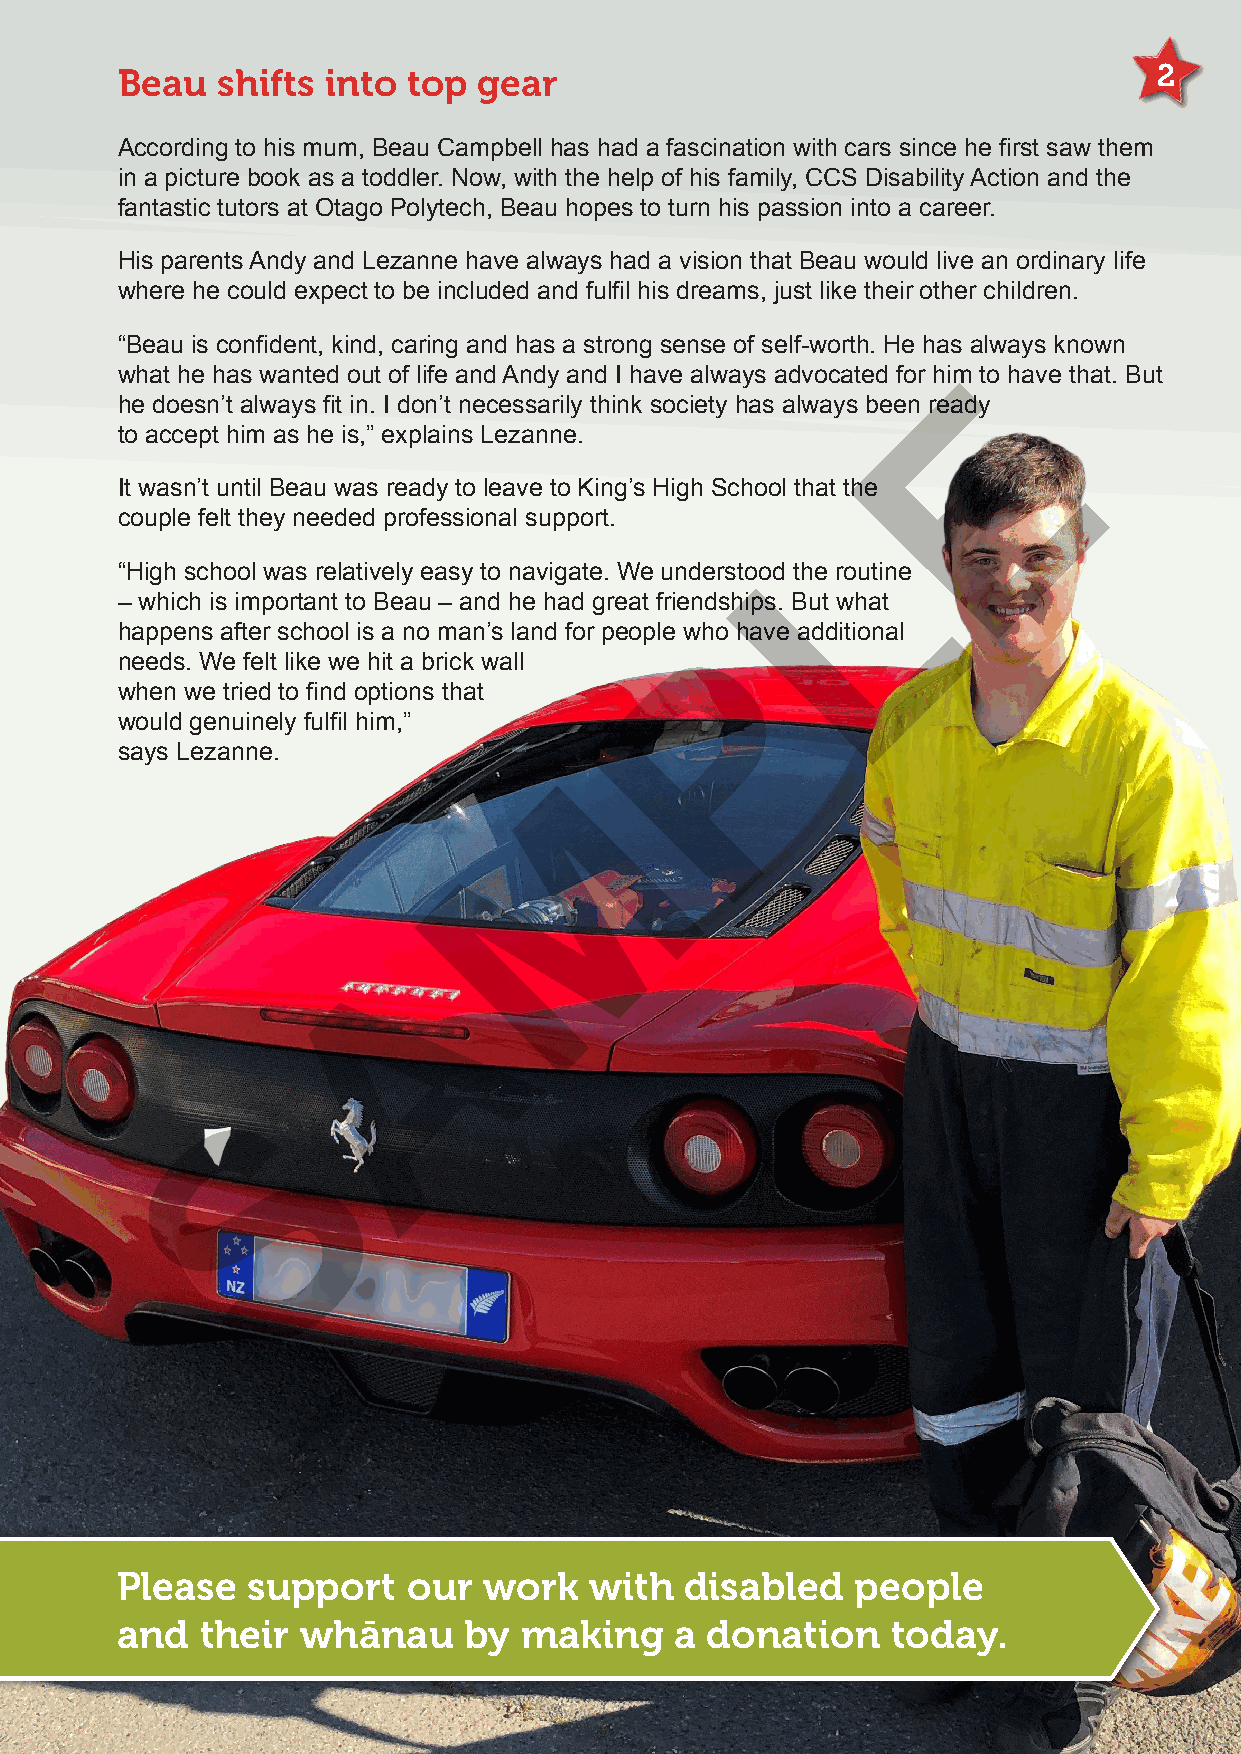
Beau  shifts into  top  gear                                         2
 According to his mum, Beau Campbell has had a fascination with cars since he first saw them
 in a picture book as a toddler. Now, with the help of his family, CCS Disability Action and the
 fantastic tutors at Otago Polytech, Beau hopes to turn his passion into a career.
 His parents Andy and Lezanne have always had a vision that Beau would live an ordinary life
 where he could expect to be included and fulfil his dreams, just like their other children.
 “Beau is confident, kind, caring and has a strong sense of self-worth. He has always known
 E
 what he has wanted out of life and Andy and I have always advocated for him to have that. But
 he doesn’t always fit in. I don’t necessarily think society has always been ready
 to accept him as he is,” explains Lezanne.
 It wasn’t until Beau was ready to leave to King’s High School that the
 L
 couple felt they needed professional support.
 “High school was relatively easy to navigate. We understood the routine
 – which is important to Beau – and he had great friendships. But what
 happens after school is a no man’s land for people wPho have additional
 needs. We felt like we hit a brick wall
 when we tried to find options that
 would genuinely fulfil him,”
 says Lezanne.
 M
 A
 S
 Please  support    our  work   with  disabled    people
 and  their  whānau     by making     a donation    today.